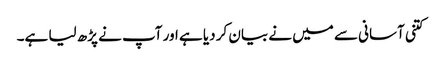
کتنی آسانی سے میں نے بیان کر دیا ہے اور آپ نے پڑھ لیا ہے۔